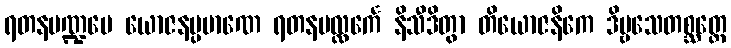
ရတနမဏ္ဍပေ ယောဇနပ္ပမာဏေ ရတနပလ္လင်္ကေ နိသီဒိတွာ တိယောဇနိကေ ဒိဗ္ဗသေတစ္ဆတ္တေ